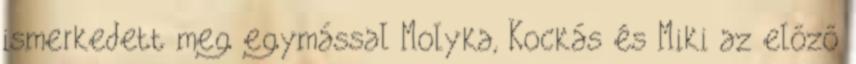
ismerkedett meg egymással Molyka, Kockás és Miki az előző